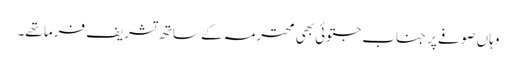
وہاں صوفے پر جناب جتوئی بھی محترمہ کے ساتھ تشریف فرما تھے۔